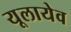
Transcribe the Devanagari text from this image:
यूलायेव